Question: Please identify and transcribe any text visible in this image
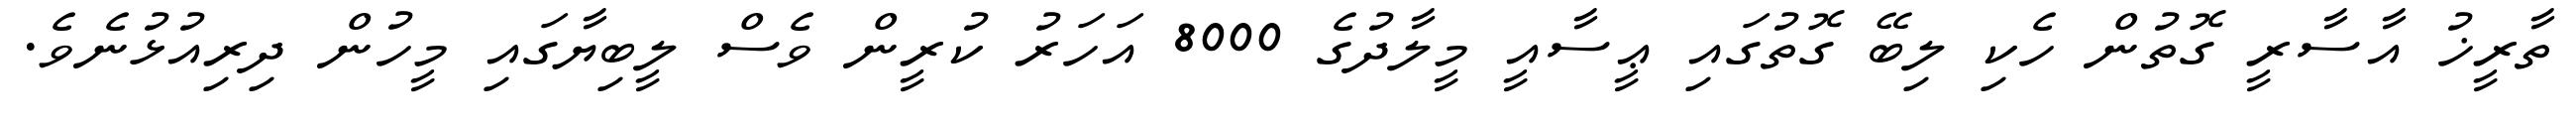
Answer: ތާރީޚު އާސާރީ ގޮތުން ހެކި ލިބޭ ގޮތުގައި ޢީސާއީ މީލާދުގެ 8000 އަހަރު ކުރީން ވެސް ލީބިޔާގައި މީހުން ދިރިއުޅުނެވެ.